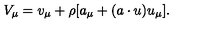
V _ { \mu } = v _ { \mu } + \rho [ a _ { \mu } + ( a \cdot u ) u _ { \mu } ] .